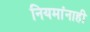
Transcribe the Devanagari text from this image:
नियमांनाही